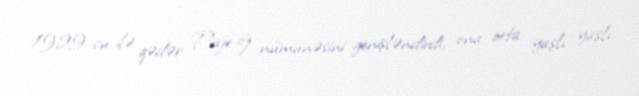
1929-cu ilə qədər Piaje öz nümunəsini genişləndirdi, ona orta yaşlı yaşlı